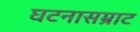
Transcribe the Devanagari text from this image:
घटनासम्राट